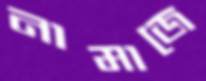
নামাজে